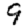
Digit: 9